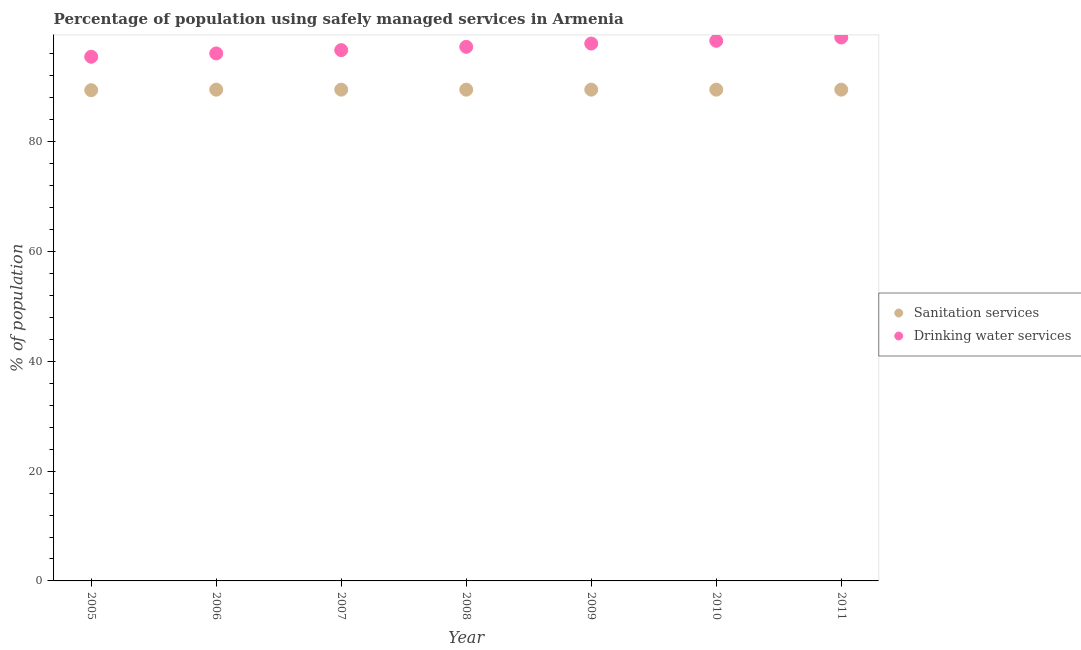
| Year | Sanitation services | Drinking water services |
 | --- | --- | --- |
 | 2005 | 89.4 | 95.5 |
 | 2006 | 89.5 | 96.1 |
 | 2007 | 89.5 | 96.7 |
 | 2008 | 89.5 | 97.3 |
 | 2009 | 89.5 | 97.9 |
 | 2010 | 89.5 | 98.4 |
 | 2011 | 89.5 | 99 |